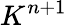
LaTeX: K^{n+1}